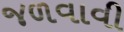
જળવાવી